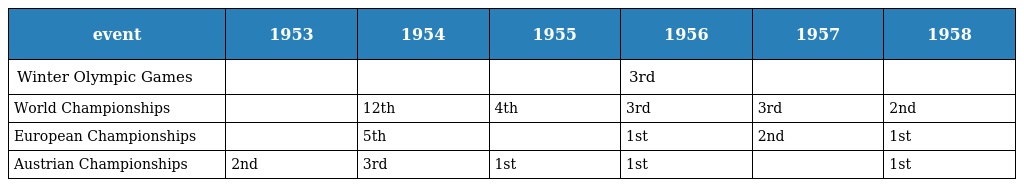
| event | 1953 | 1954 | 1955 | 1956 | 1957 | 1958 |
 | --- | --- | --- | --- | --- | --- | --- |
 | Winter Olympic Games |  |  |  | 3rd |  |  |
 | World Championships |  | 12th | 4th | 3rd | 3rd | 2nd |
 | European Championships |  | 5th |  | 1st | 2nd | 1st |
 | Austrian Championships | 2nd | 3rd | 1st | 1st |  | 1st |